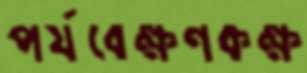
পর্যবেক্ষণকক্ষ